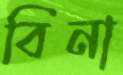
বিনা